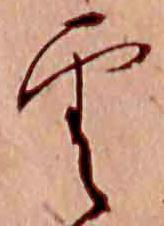
雲